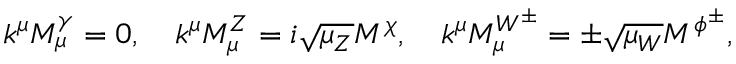
k ^ { \mu } M _ { \mu } ^ { \gamma } = 0 , \quad k ^ { \mu } M _ { \mu } ^ { Z } = i \sqrt { \mu _ { Z } } M ^ { \chi } , \quad k ^ { \mu } M _ { \mu } ^ { W ^ { \pm } } = \pm \sqrt { \mu _ { W } } M ^ { \phi ^ { \pm } } , \quad